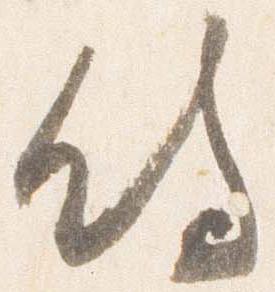
待